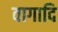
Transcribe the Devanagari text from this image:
वागादि